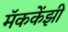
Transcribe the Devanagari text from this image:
मॅककेंझी